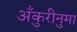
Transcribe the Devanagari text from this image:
अँकुरीनुमा